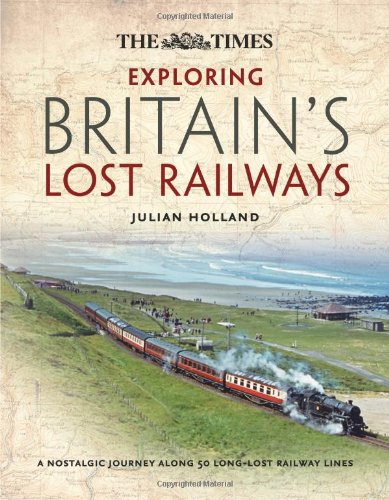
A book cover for Time Exploring Britain's Lost Railways; Julian Holland; Travel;